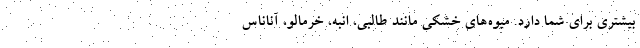
بیشتری برای شما دارد. میوه‌های خشکی مانند طالبی، انبه، خرمالو، آناناس